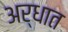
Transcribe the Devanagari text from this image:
अर्धात